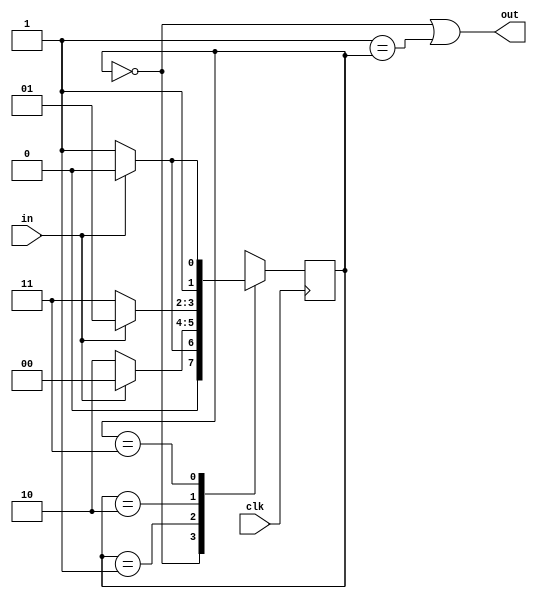
`timescale 1ns / 1ps

module TruthEvaluator(
    input clk,
    input in,
    output out
);

//4 states need 2 bits
reg [1:0] curr_state ;
reg [1:0] next_state ;

// State definition
  localparam 
    Q1 = 2'b00,
    Q2 = 2'b01,
    Q3 = 2'b10,
    Q4 = 2'b11;
    //4 states
    initial begin
        curr_state = Q1;
        next_state = Q1;
    end

// First segment: state transfer
  always @(posedge clk) begin
        curr_state <= next_state ;
  end

// Sencond segment: transfer condition
    always @(*) begin
        case(curr_state)
            Q1: next_state = (in == 1'b0) ? Q2 : Q1;
            Q2: next_state = (in == 1'b0) ? Q3 : Q1;
            Q3: next_state = (in == 1'b0) ? Q4 : Q2;
            Q4: next_state = (in == 1'b0) ? Q4 : Q3;
            default: next_state = Q1;
        endcase
    end

// Third segment: output
  assign out = (Q1 == curr_state) || (Q2 == curr_state);
endmodule